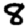
Digit: 8